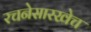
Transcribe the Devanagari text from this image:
रचनेसारखेच